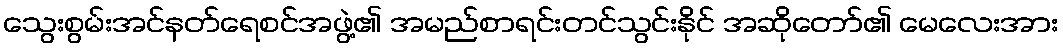
သွေးစွမ်းအင်နတ်ရေစင်အဖွဲ့၏ အမည်စာရင်းတင်သွင်းနိုင် အဆိုတော်၏ မေလေးအား